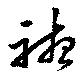
聽